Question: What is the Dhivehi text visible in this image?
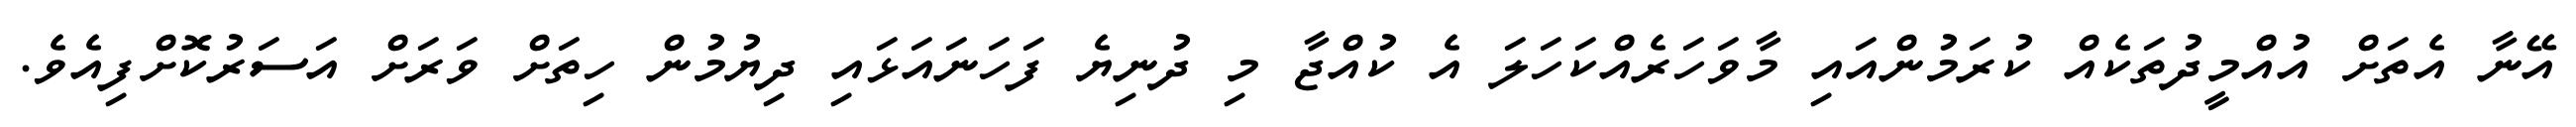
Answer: އޭނާ އެތަށް އުއްމީދުތަކެއް ކުރަމުންއައި މާވަހަރެއްކަހަލަ އެ ކުއްޖާ މި ދުނިޔެ ފަހަނައަޅައި ދިޔުމުން ހިތަށް ވަރަށް އަސަރުކޮށްފިއެވެ.